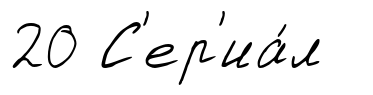
20 С'ер'иа́л